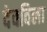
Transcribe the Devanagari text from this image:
देवविला